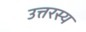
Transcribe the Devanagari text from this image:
उत्तरस्य